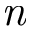
\textit { n }